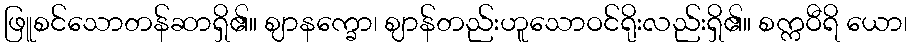
ဖြူစင်သောတန်ဆာရှိ၏။ ဈာနက္ခော၊ ဈာန်တည်းဟူသောဝင်ရိုးလည်းရှိ၏။ စက္ကဝီရိ ယော၊